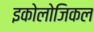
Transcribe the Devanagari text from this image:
इकोलोजिकल